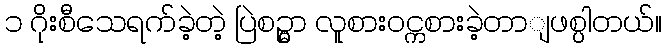
၁ ဂိုးစီသေရက်ခဲ့တဲ့ ပြဲစဉ္မွာ လူစားဝင္ကစားခဲ့တာျဖစ္ပါတယ်။